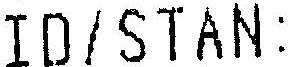
ID/STAN: